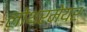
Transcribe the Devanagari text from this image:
लोथरमेयर